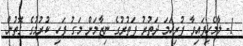
1- ލާމެހިފައިވާ ފުރިހަމަ ދަތުރު ފަތުރުގެ ނިޒާމަށް މަގު ފަހި ކުރުމުގެ ގޮތުން